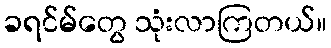
ခရင်မ်တွေ သုံးလာကြတယ်။